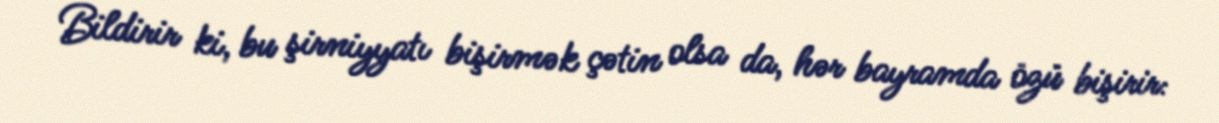
Bildirir ki, bu şirniyyatı bişirmək çətin olsa da, hər bayramda özü bişirir: